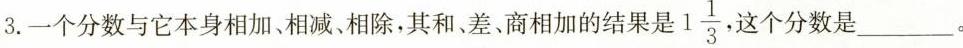
3. 一个分数与它本身相加、相减、 相除，其和、差、商相加的结果是 1 \frac{1}{3} 这个分数是___。